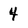
Character: 4